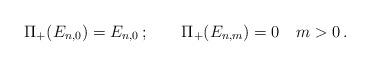
LaTeX: \begin{align*}\Pi_+ (E_{n,0})=E_{n,0}\,;\qquad\Pi_+ (E_{n,m})=0\quad m>0\,.\end{align*}